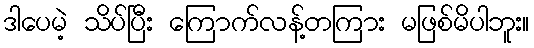
ဒါပေမဲ့ သိပ်ပြီး ကြောက်လန့်တကြား မဖြစ်မိပါဘူး။